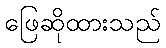
ဖြေဆိုထားသည်